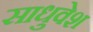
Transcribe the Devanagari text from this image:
साधुवेश